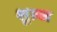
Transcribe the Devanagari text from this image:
शुल्ज